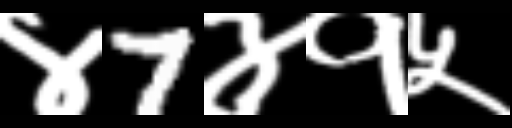
Text: ४7४१५